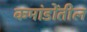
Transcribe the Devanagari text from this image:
कमांडोंतील